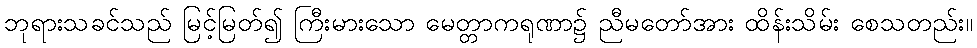
ဘုရားသခင်သည် မြင့်မြတ်၍ ကြီးမားသော မေတ္တာကရုဏာ၌ ညီမတော်အား ထိန်းသိမ်း စေသတည်း။